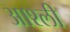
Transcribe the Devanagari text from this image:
आश्ली